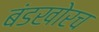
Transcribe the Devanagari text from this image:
बंडखोरच